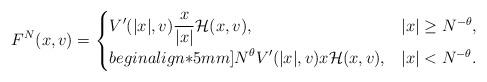
LaTeX: \begin{align*}F^N(x,v)=\begin{cases}\displaystyle V'(|x|,v)\frac{x}{|x|} \mathcal{H}(x,v), & |x| \ge N^{-\theta}, \\begin{align*}5mm]\displaystyle N^{\theta}V'(|x|,v)x \mathcal{H}(x,v), & |x| < N^{-\theta}. \end{cases}\end{align*}